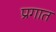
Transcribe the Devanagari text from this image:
प्रगात